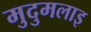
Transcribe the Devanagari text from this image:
मुदुमलाइ